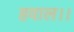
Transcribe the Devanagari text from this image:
हवाल।।